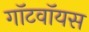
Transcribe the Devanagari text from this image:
गॉटवॉयस